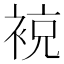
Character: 𧚢